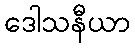
ဒေါသနီယာ